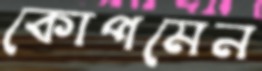
কোপমেন